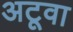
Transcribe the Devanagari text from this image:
अटूवा